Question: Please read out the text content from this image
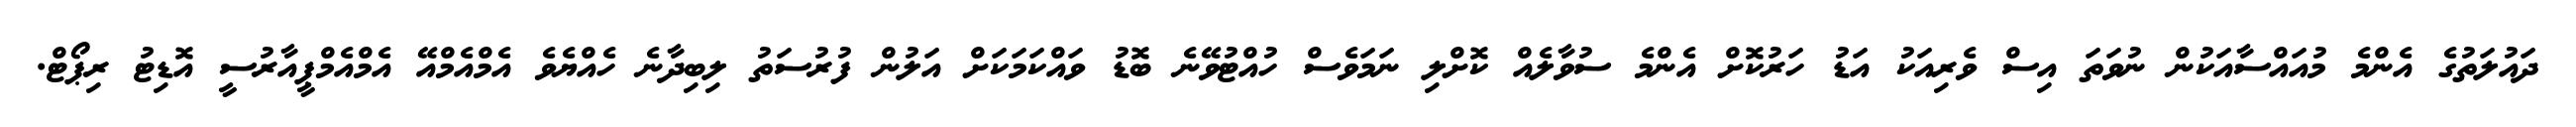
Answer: ދައުލަތުގެ އެންމެ މުއައްސާއަކުން ނުވަތަ އިސް ވެރިއަކު އަޑު ހަރުކޮށް އެންމެ ސުވާލެއް ކޮށްލި ނަމަވެސް ހުއްޓުވޭނެ ބޮޑު ވައްކަމަކަށް އަލުން ފުރުސަތު ލިބިދާނެ ހެއްޔެވެ އެމްއެމްއޭ އެމްއެމްޕީއާރުސީ އޮޑިޓު ރިޕޯޓް.